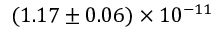
( 1 . 1 7 \pm 0 . 0 6 ) \times 1 0 ^ { - 1 1 }